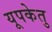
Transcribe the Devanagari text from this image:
यूपकेतु